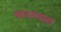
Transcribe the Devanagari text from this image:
साचणारा